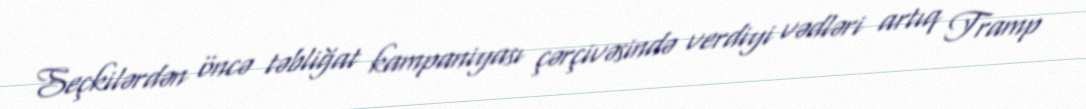
Seçkilərdən öncə təbliğat kampaniyası çərçivəsində verdiyi vədləri artıq Tramp